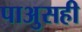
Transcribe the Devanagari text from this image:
पाअुसही